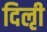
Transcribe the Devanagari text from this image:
दिऌी